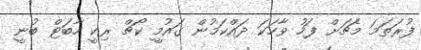
ފުރަތަމަ މެޗަށް ފަހު ވާހަކަ ދައްކަމުން ގައުމީ ކޯޗް ރިކީ ހާބަޓް ބުނީ